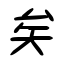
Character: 矣